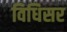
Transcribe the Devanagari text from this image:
विधिसर